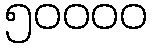
၅၀၀၀၀